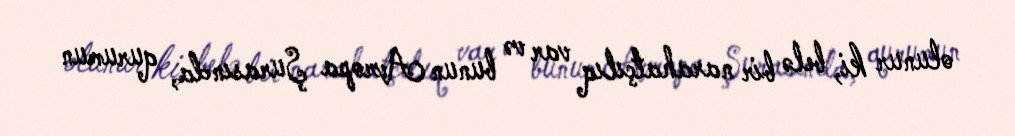
olunur ki, belə bir narahatçılıq var və bunun Avropa Şurasında, qurumun